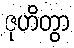
ဇုဟိတွာ